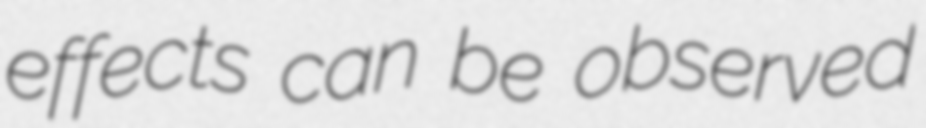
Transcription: effects can be observed